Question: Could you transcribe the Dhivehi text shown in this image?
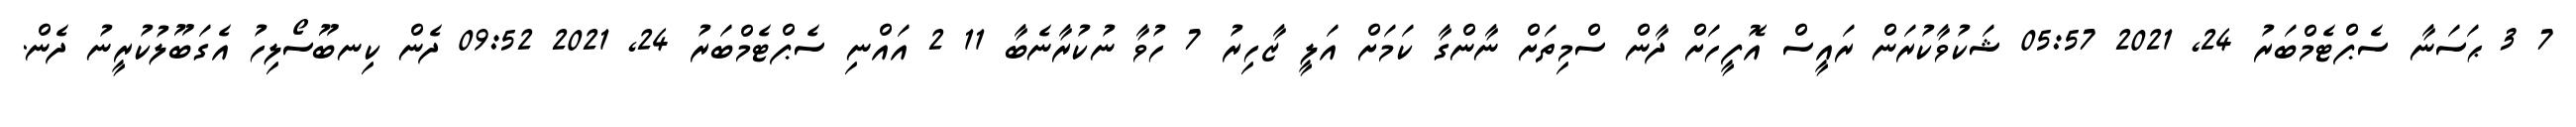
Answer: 7 3 ޙަސަނާ ސެޕްޓެމްބަރު 24, 2021 05:57 ޝަކުވާކުރަން ރައީސް އޮފީހަށް ދާން ސްމިތަށް ނާންގާ ކަމަށް އަލީ ޒާހިރު 7 ހުވާ ނުކުރާނެބާ 11 2 އައްނި ސެޕްޓެމްބަރު 24, 2021 09:52 ދެން ކިނބޫސޯލިހު އެގަބޫލުކުރީނު ދެން.